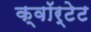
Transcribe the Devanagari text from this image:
क्वॉर्टेट